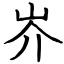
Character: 岕